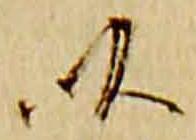
以